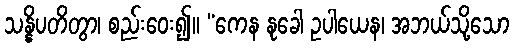
သန္နိပတိတွာ၊ စည်းဝေး၍။ “ကေန နုခေါ ဥပါယေန၊ အဘယ်သို့သော